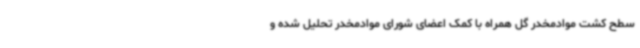
سطح کشت موادمخدر گل همراه با کمک اعضای شورای موادمخدر تحلیل شده و